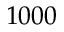
1 0 0 0